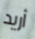
أريد